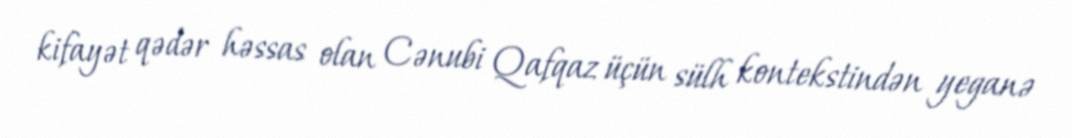
kifayət qədər həssas olan Cənubi Qafqaz üçün sülh kontekstindən yeganə